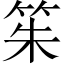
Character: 䇬